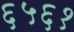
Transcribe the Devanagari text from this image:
६५६१